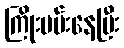
ကြိုးပမ်းနေပြီး